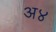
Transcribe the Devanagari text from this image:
अ४